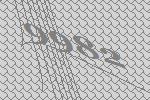
9982